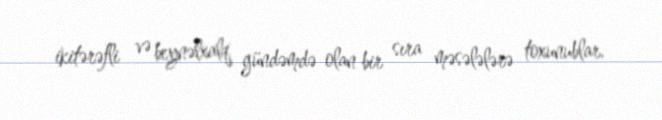
ikitərəfli və beynəlxalq gündəmdə olan bir sıra məsələlərə toxunublar.